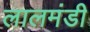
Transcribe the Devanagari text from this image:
लालमंडी